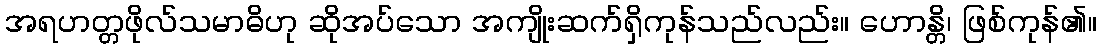
အရဟတ္တဖိုလ်သမာဓိဟု ဆိုအပ်သော အကျိုးဆက်ရှိကုန်သည်လည်း။ ဟောန္တိ၊ ဖြစ်ကုန်၏။